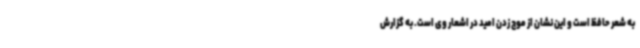
به شعر حافظ است و این نشان از موج زدن امید در اشعار وی است. به گزارش